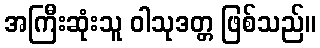
အကြီးဆုံးသူ ဝါသုဒတ္တ ဖြစ်သည်။